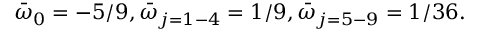
\bar { \omega } _ { 0 } = - 5 / 9 , \bar { \omega } _ { j = 1 - 4 } = 1 / 9 , \bar { \omega } _ { j = 5 - 9 } = 1 / 3 6 .